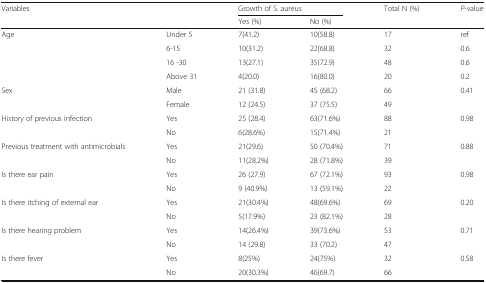
<table><thead><tr><td rowspan="2"><b>Variables</b></td><td></td><td colspan="2"><b>Growth of S. aureus</b></td><td rowspan="2"><b>Total N (%)</b></td><td rowspan="2"><b><i>P</i>-value</b></td></tr><tr><td></td><td><b>Yes (%)</b></td><td><b>No (%)</b></td></tr></thead><tbody><tr><td rowspan="4">Age</td><td>Under 5</td><td>7(41.2)</td><td>10(58.8)</td><td>17</td><td>ref</td></tr><tr><td>6-15</td><td>10(31.2)</td><td>22(68.8)</td><td>32</td><td>0.6</td></tr><tr><td>16 -30</td><td>13(27.1)</td><td>35(72.9)</td><td>48</td><td>0.6</td></tr><tr><td>Above 31</td><td>4(20.0)</td><td>16(80.0)</td><td>20</td><td>0.2</td></tr><tr><td rowspan="2">Sex</td><td>Male</td><td>21 (31.8)</td><td>45 (68.2)</td><td>66</td><td rowspan="2">0.41</td></tr><tr><td>Female</td><td>12 (24.5)</td><td>37 (75.5)</td><td>49</td></tr><tr><td rowspan="2">History of previous infection</td><td>Yes</td><td>25 (28.4)</td><td>63(71.6%)</td><td>88</td><td rowspan="2">0.98</td></tr><tr><td>No</td><td>6(28.6%)</td><td>15(71.4%)</td><td>21</td></tr><tr><td rowspan="2">Previous treatment with antimicrobials</td><td>Yes</td><td>21(29.6)</td><td>50 (70.4%)</td><td>71</td><td rowspan="2">0.88</td></tr><tr><td>No</td><td>11(28.2%)</td><td>28 (71.8%)</td><td>39</td></tr><tr><td rowspan="2">Is there ear pain</td><td>Yes</td><td>26 (27.9)</td><td>67 (72.1%)</td><td>93</td><td rowspan="2">0.98</td></tr><tr><td>No</td><td>9 (40.9%)</td><td>13 (59.1%)</td><td>22</td></tr><tr><td rowspan="2">Is there itching of external ear</td><td>Yes</td><td>21(30.4%)</td><td>48(69.6%)</td><td>69</td><td rowspan="2">0.20</td></tr><tr><td>No</td><td>5(17.9%)</td><td>23 (82.1%)</td><td>28</td></tr><tr><td rowspan="2">Is there hearing problem</td><td>Yes</td><td>14(26.4%)</td><td>39(73.6%)</td><td>53</td><td rowspan="2">0.71</td></tr><tr><td>No</td><td>14 (29.8)</td><td>33 (70.2)</td><td>47</td></tr><tr><td rowspan="2">Is there fever</td><td>Yes</td><td>8(25%)</td><td>24(75%)</td><td>32</td><td rowspan="2">0.58</td></tr><tr><td>No</td><td>20(30.3%)</td><td>46(69.7)</td><td>66</td></tr></tbody></table>